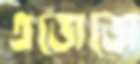
এজেজে